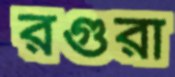
রগুরা